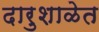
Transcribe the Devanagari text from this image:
दारुशाळेत